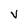
Character: v